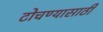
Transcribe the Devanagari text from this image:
टोचण्यासाठी